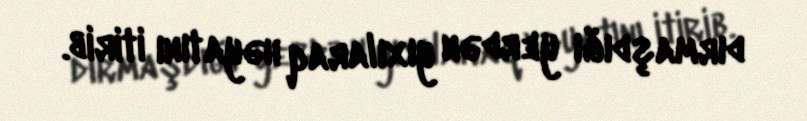
dırmaşdığı yerdən yıxılaraq həyatını itirib.